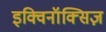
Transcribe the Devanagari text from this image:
इक्विनॉक्सिज़